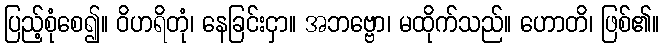
ပြည့်စုံစေ၍။ ဝိဟရိတုံ၊ နေခြင်းငှာ။ အဘဗ္ဗော၊ မထိုက်သည်။ ဟောတိ၊ ဖြစ်၏။